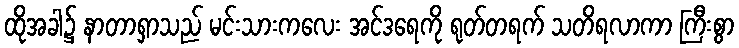
ထိုအခါ၌ နာတာရှာသည် မင်းသားကလေး အင်ဒရေကို ရုတ်တရက် သတိရလာကာ ကြီးစွာ